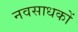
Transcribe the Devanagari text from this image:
नवसाधकों